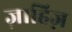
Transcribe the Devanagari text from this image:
ज़ाहिज़